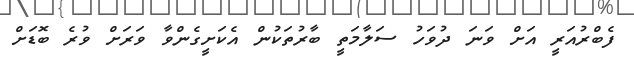
ފެބްރުއަރީ އަށް ވަނަ ދުވަހު ސަލާމަތީ ބާރުތަކުން އެކަށީގެންވާ ވަރަށް ވުރެ ބޮޑަށް